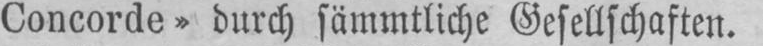
Concorde» durch sämmtliche Gesellschaften.